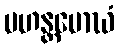
မဟန္တမောဃံ